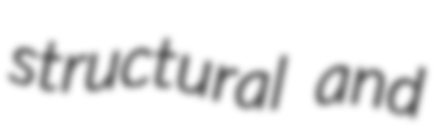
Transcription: structural and